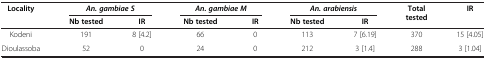
<table><thead><tr><td><b>Locality</b></td><td colspan="2"><b><i>An. gambiae S</i></b></td><td colspan="2"><b><i>An. gambiae M</i></b></td><td colspan="2"><b><i>An. arabiensis</i></b></td><td><b>Total tested</b></td><td><b>IR</b></td></tr><tr><td><b> </b></td><td><b>Nb tested</b></td><td><b>IR</b></td><td><b>Nb tested</b></td><td><b>IR</b></td><td><b>Nb tested</b></td><td><b>IR</b></td><td><b> </b></td><td><b> </b></td></tr></thead><tbody><tr><td>Kodeni</td><td>191</td><td>8 [4.2]</td><td>66</td><td>0</td><td>113</td><td>7 [6.19]</td><td>370</td><td>15 [4.05]</td></tr><tr><td>Dioulassoba</td><td>52</td><td>0</td><td>24</td><td>0</td><td>212</td><td>3 [1.4]</td><td>288</td><td>3 [1.04]</td></tr></tbody></table>